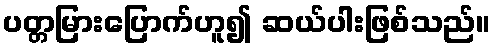
ပတ္တမြားပြောက်ဟူ၍ ဆယ်ပါးဖြစ်သည်။